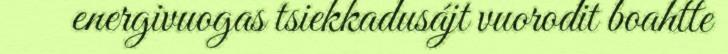
energivuogas tsiekkadusájt vuorodit boahtte